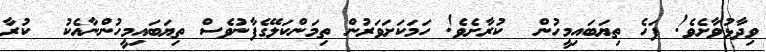
ވިދާޅުވާށެވެ! ފަހެ ތިޔަބައިމީހުން  ކުރާށެވެ! ހަމަކަށަވަރުން ތިމަންކަލޭގެފާނުވެސް ތިޔަބައިމީހުންނާއެކު  ކުރާ